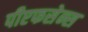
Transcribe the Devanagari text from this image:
पीएफसेन्स